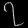
Digit: ၇